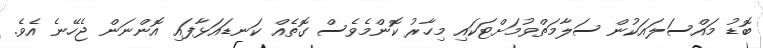
ބޮޑު މައްސަލައަކުން ސަލާމަތްވުމަށްޓަކައި މިހާރު ކޮންމެވެސް ގޮތެއް ކަނޑައަޅާފައި އޮންނަން ޖެހޭނެ އެވެ.